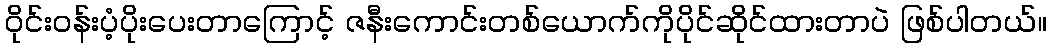
ဝိုင်းဝန်းပံ့ပိုးပေးတာကြောင့် ဇနီးကောင်းတစ်ယောက်ကိုပိုင်ဆိုင်ထားတာပဲ ဖြစ်ပါတယ်။